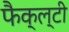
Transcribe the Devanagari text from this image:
फैक्ल्टी